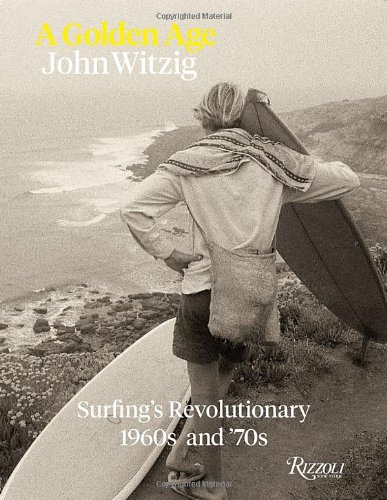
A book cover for A Golden Age: Surfing's Revolutionary 1960s and '70s; Sports & Outdoors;